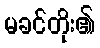
မခင်တိုး၏